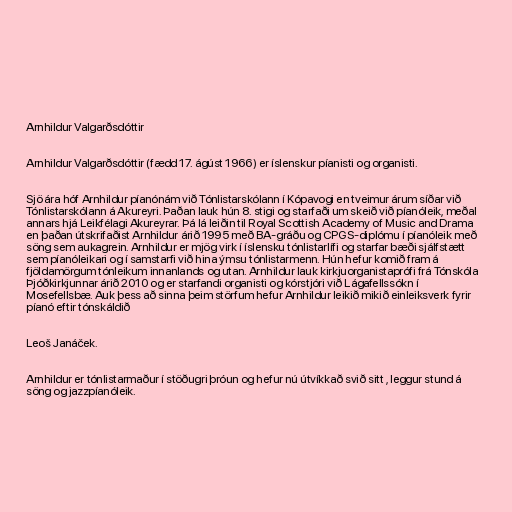
Arnhildur Valgarðsdóttir

Arnhildur Valgarðsdóttir (fædd 17. ágúst 1966) er íslenskur píanisti og organisti.

Sjö ára hóf Arnhildur píanónám við Tónlistarskólann í Kópavogi en tveimur árum síðar við
Tónlistarskólann á Akureyri. Þaðan lauk hún 8. stigi og starfaði um skeið við píanóleik, meðal
annars hjá Leikfélagi Akureyrar. Þá lá leiðin til Royal Scottish Academy of Music and Drama
en þaðan útskrifaðist Arnhildur árið 1995 með BA-gráðu og CPGS-diplómu í píanóleik með
söng sem aukagrein. Arnhildur er mjög virk í íslensku tónlistarlífi og starfar bæði sjálfstætt
sem píanóleikari og í samstarfi við hina ýmsu tónlistarmenn. Hún hefur komið fram á
fjöldamörgum tónleikum innanlands og utan. Arnhildur lauk kirkjuorganistaprófi frá Tónskóla
Þjóðkirkjunnar árið 2010 og er starfandi organisti og kórstjóri við Lágafellssókn í
Mosefellsbæ. Auk þess að sinna þeim störfum hefur Arnhildur leikið mikið einleiksverk fyrir
píanó eftir tónskáldið

Leoš Janáček.

Arnhildur er tónlistarmaður í stöðugri þróun og hefur nú útvíkkað svið sitt , leggur stund á
söng og jazzpíanóleik.